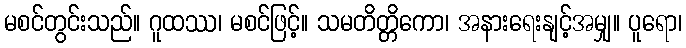
မစင်တွင်းသည်။ ဂူထဿ၊ မစင်ဖြင့်။ သမတိတ္တိကော၊ အနားရေးနျင့်အမျှ။ ပူရော၊